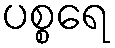
ပစ္စရေ